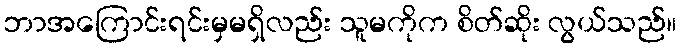
ဘာအကြောင်းရင်းမှမရှိလည်း သူမကိုက စိတ်ဆိုး လွယ်သည်။